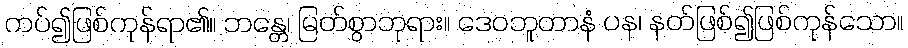
ကပ်၍ဖြစ်ကုန်ရာ၏။ ဘန္တေ၊ မြတ်စွာဘုရား။ ဒေဝဘူတာနံ ပန၊ နတ်ဖြစ်၍ဖြစ်ကုန်သော။